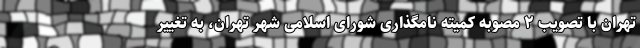
تهران با تصویب ۲ مصوبه کمیته نامگذاری شورای اسلامی شهر تهران، به تغییر